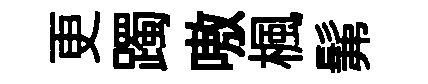
更躅嗷楓髴